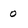
Character: 0